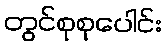
တွင်စုစုပေါင်း